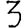
Digit: 3